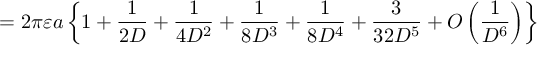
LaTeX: = 2 \pi \varepsilon a \left\{ 1 + { \frac { 1 } { 2 D } } + { \frac { 1 } { 4 D ^ { 2 } } } + { \frac { 1 } { 8 D ^ { 3 } } } + { \frac { 1 } { 8 D ^ { 4 } } } + { \frac { 3 } { 3 2 D ^ { 5 } } } + O \left( { \frac { 1 } { D ^ { 6 } } } \right) \right\}